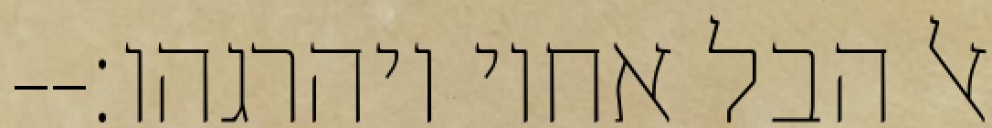
אל הבל אחיו ויהרגהו׃--